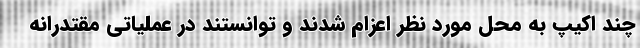
چند اکیپ به محل مورد نظر اعزام شدند و توانستند در عملیاتی مقتدرانه